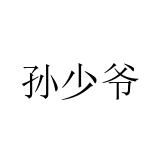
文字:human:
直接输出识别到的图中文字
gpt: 孙少爷